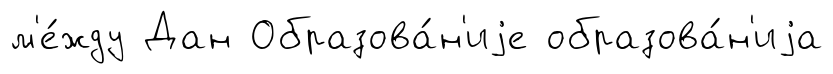
м'е́жду Дан Образова́н'иjе образова́н'иjа